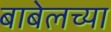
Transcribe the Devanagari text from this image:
बाबेलच्या